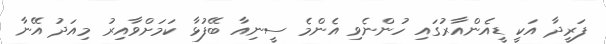
ފަރީދާ އަކީ ޑީއެންއާރުގައި ހުންނެވި އެންމެ ސީނިއާ ބޭފުޅާ ކަމަށްވާއިރު މިއަދު އޭނާ